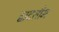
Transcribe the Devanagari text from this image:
द्वादशीम